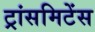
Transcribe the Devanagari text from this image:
ट्रांसमिटेंस